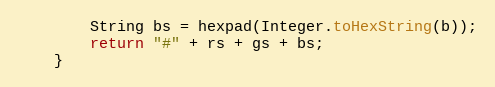
Language: Java
        String bs = hexpad(Integer.toHexString(b));
        return "#" + rs + gs + bs;
    }